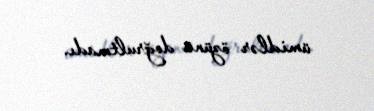
ümidlər özünü doğrultmadı.